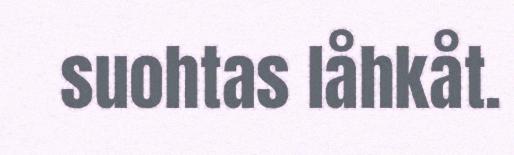
suohtas låhkåt.